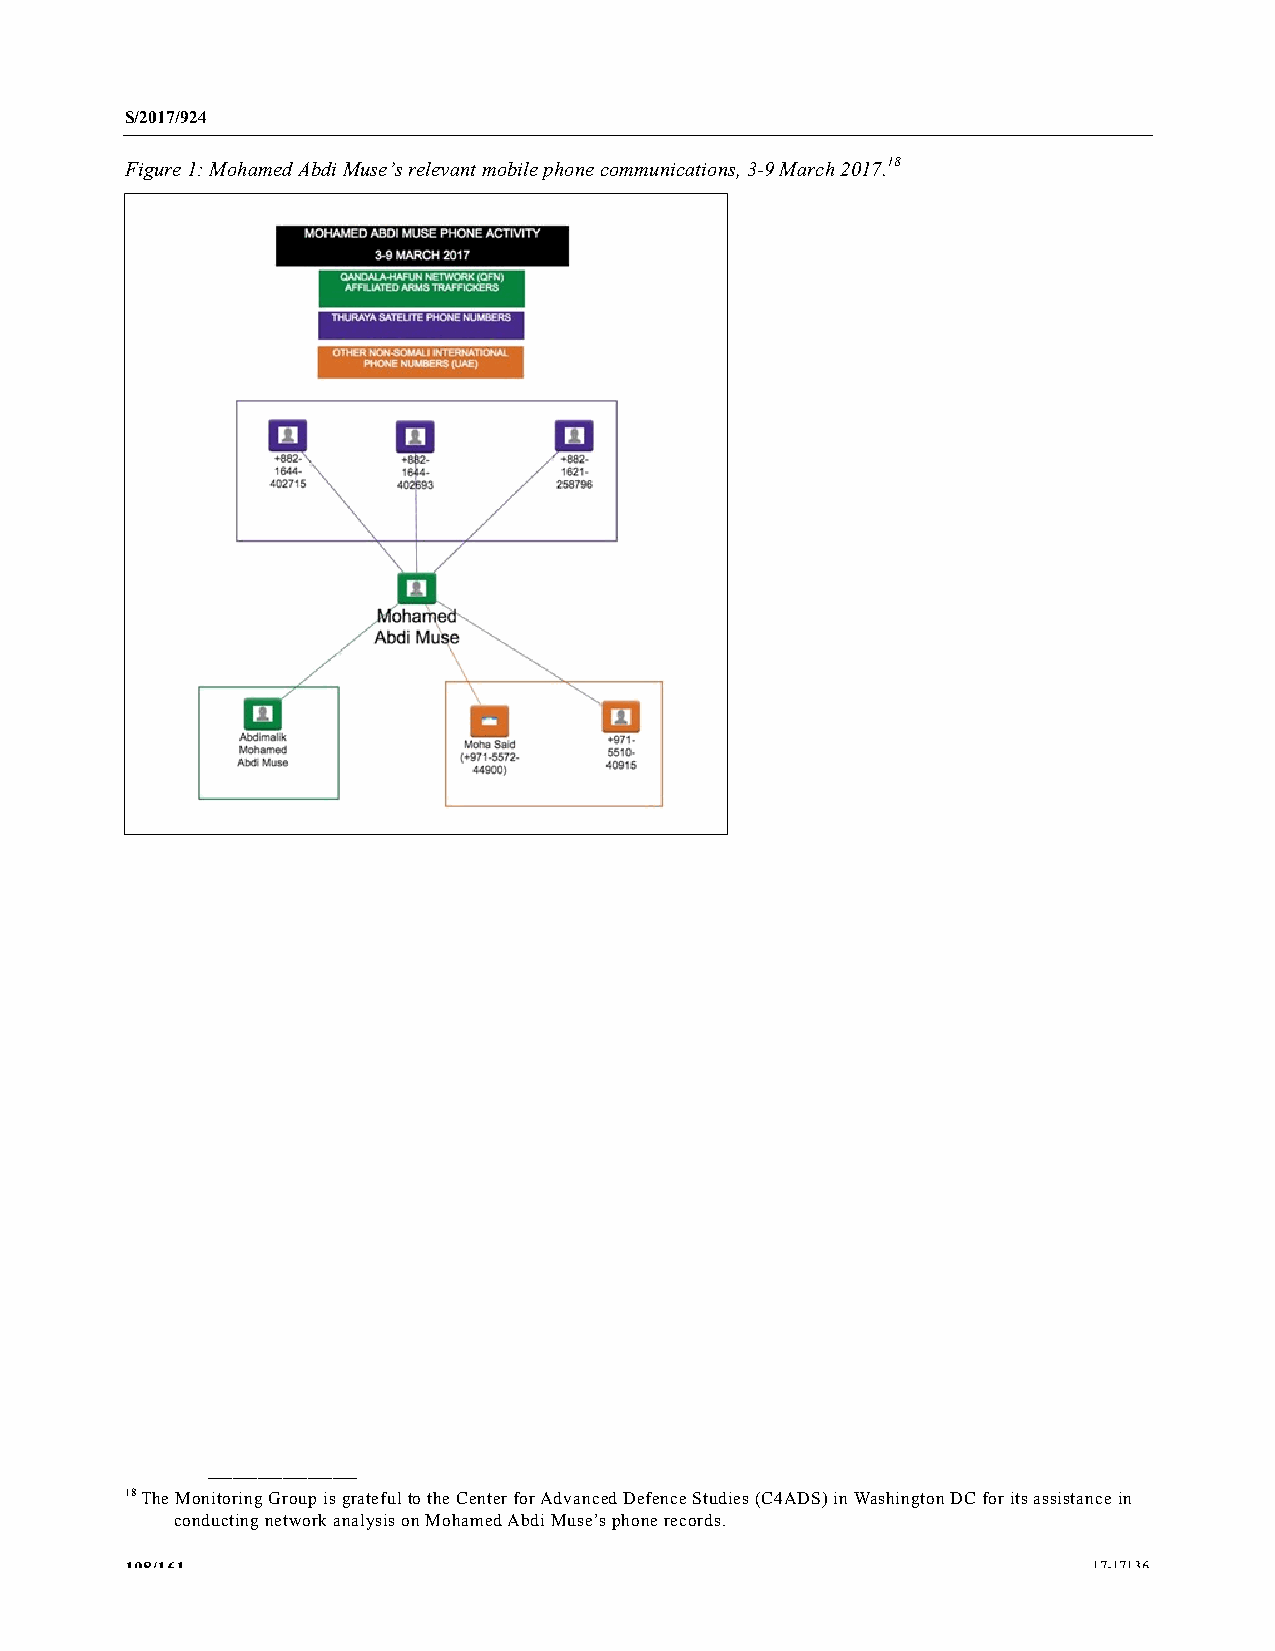
S/2017/924
 Figure 1: Mohamed Abdi Muse’s relevant mobile phone communications, 3-9 March 2017.18
 __________________
 18 The Monitoring Group is grateful to the Center for Advanced Defence Studies (C4ADS) in Washington DC for its assistance in
 conducting network analysis on Mohamed Abdi Muse’s phone records.
 108/161                                                         17-17136